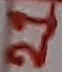
Text: 21